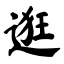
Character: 逛